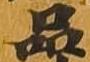
品